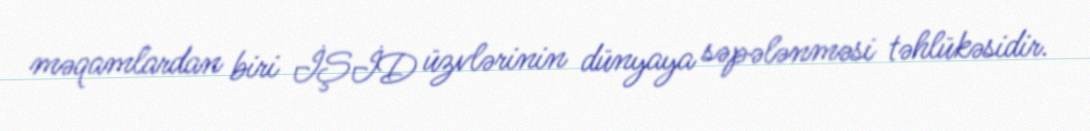
məqamlardan biri İŞİD üzvlərinin dünyaya səpələnməsi təhlükəsidir.